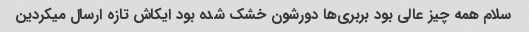
سلام همه چیز عالی بود بربری‌ها دورشون خشک شده بود ایکاش تازه ارسال میکردین